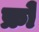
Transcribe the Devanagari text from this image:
फ्रो